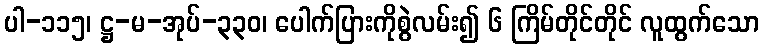
ပါ-၁၁၅၊ ဋ္ဌ-မ-အုပ်-၃၃၀၊ ပေါက်ပြားကိုစွဲလမ်း၍ ၆ ကြိမ်တိုင်တိုင် လူထွက်သော